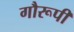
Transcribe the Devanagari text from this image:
गौरूपी